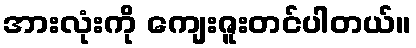
အားလုံးကို ကျေးဇူးတင်ပါတယ်။